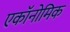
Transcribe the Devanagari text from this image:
एकॉनोमिक